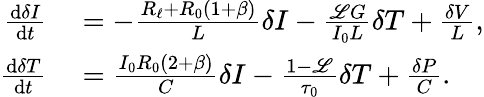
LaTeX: \begin{array}{rl}{\frac{\mathrm{d}\delta I}{\mathrm{d}t}}&{{}=-\frac{R_{\ell}+R_{0}(1+\beta)}{L}\delta I-\frac{\mathscr{L}G}{I_{0}L}\delta T+\frac{\delta V}{L},}\\ {\frac{\mathrm{d}\delta T}{\mathrm{d}t}}&{{}=\frac{I_{0}R_{0}(2+\beta)}{C}\delta I-\frac{1-\mathscr{L}}{\tau_{0}}\delta T+\frac{\delta P}{C}.}\end{array}